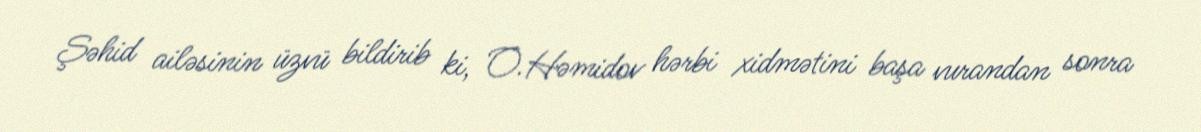
Şəhid ailəsinin üzvü bildirib ki, O.Həmidov hərbi xidmətini başa vurandan sonra